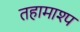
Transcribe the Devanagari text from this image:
तहामाश्प